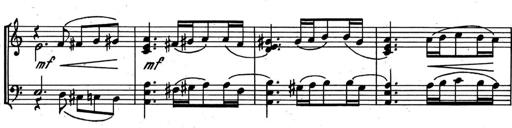
Title: Kleine Sonate
Composer: Raoul Koczalski
Key: C major